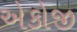
એકોજી